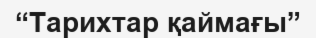
“Тарихтар қаймағы”